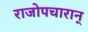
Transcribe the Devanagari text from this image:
राजोपचारान्